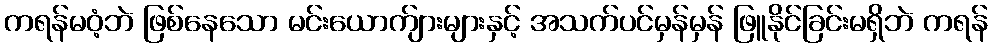
ကရန်မဝံ့ဘဲ ဖြစ်နေသော မင်းယောက်ျားများနှင့် အသက်ပင်မှန်မှန် ဖြူနိုင်ခြင်းမရှိဘဲ ကရန်